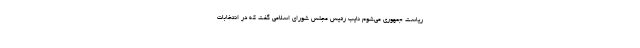
ریاست جمهوری می‌شوم نایب رئیس مجلس شورای اسلامی گفت که در انتخابات